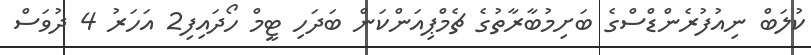
ކުލަބް ނިއުފުރެންޑްސްގެ ބަށިމުބާރާތުގެ ޗެމްޕިއަންކަން ބަދަހި ޓީމް ހޯދައިފި2 އަހަރު 4 ދުވަސް